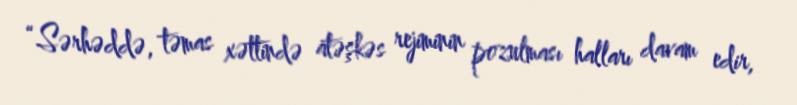
“Sərhəddə, təmas xəttində atəşkəs rejiminin pozulması halları davam edir,